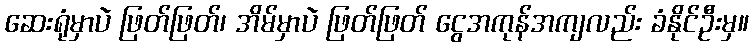
ဆေးရုံမှာပဲ ဖြတ်ဖြတ်၊ အိမ်မှာပဲ ဖြတ်ဖြတ် ငွေအကုန်အကျလည်း ခံနိုင်ဦးမှ။